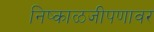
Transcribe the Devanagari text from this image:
निष्काळजीपणावर